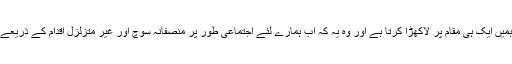
آئین کے تمام بنیادی نقاط کا اپنے حالات کے تناظر میں جائزہ ہمیں ایک ہی مقام پر لاکھڑا کرتا ہے اور وہ یہ کہ اب ہمارے لئے اجتماعی طور پر منصفانہ سوچ اور غیر متزلزل اقدام کے ذریعے اپنے معاشرے اور جمہوریت کو توازن دینا ناگزیر ہوچکا ہے۔